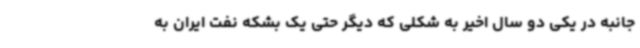
جانبه در یکی دو سال اخیر به شکلی که دیگر حتی یک بشکه نفت ایران به